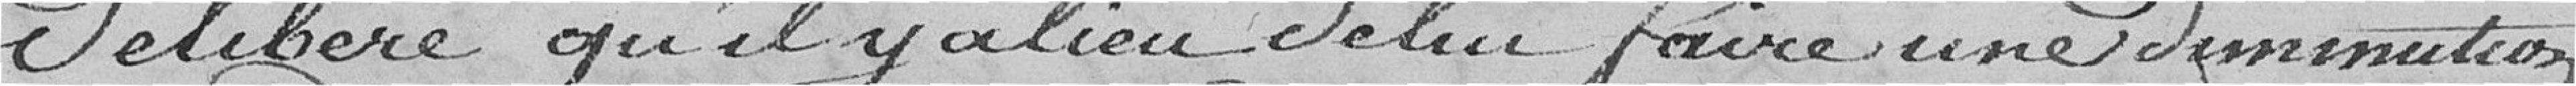
délibère qu'il y a lieu de lui faire une diminution